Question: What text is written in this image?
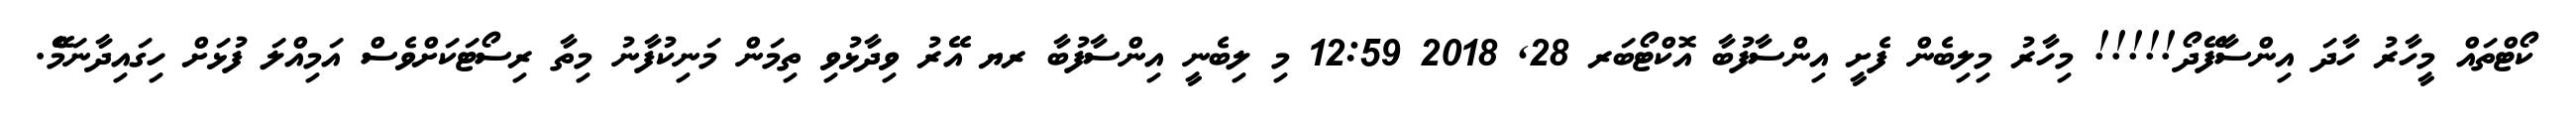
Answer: ކޯޓްތައް މީހާރު ހާދަ އިންސާފޭދޯ!!!!! މިހާރު މިލިބެން ފެށީ އިންސާފުބާ އޮކްޓޯބަރ 28, 2018 12:59 މި ލިބެނީ އިންސާފުބާ ރޔ އޭރު ވިދާޅުވި ތިމަން މަނިކުފާނު މިތާ ރިސޯޓަކަށްވެސް އަމިއްލަ ފުޅަށް ހިގައިދާނަމެޭ.